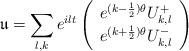
LaTeX: \begin{align*}\mathfrak{u}=\sum_{l,k}e^{ilt}\left( \begin{array}{c}e^{(k-\frac{1}{2})\theta}U^+_{k,l}\\e^{(k+\frac{1}{2})\theta}U^-_{k,l}\end{array} \right)\end{align*}